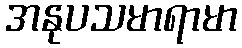
အနုပသမာရာမာ